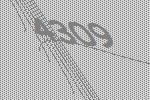
4309